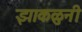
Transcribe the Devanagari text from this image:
झाकळुनी